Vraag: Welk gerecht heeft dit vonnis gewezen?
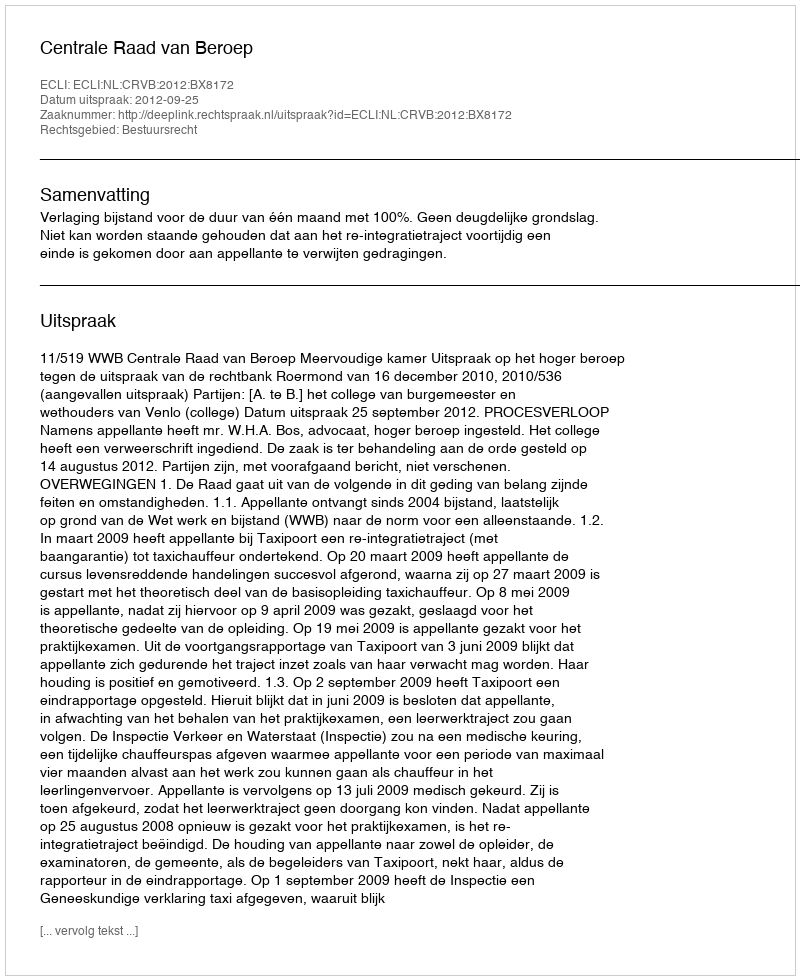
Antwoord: Centrale Raad van Beroep